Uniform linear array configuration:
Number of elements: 64
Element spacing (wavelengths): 0.75
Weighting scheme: binomial
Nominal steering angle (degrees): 0
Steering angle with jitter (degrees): -0.774
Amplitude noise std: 0.05
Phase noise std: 0.05

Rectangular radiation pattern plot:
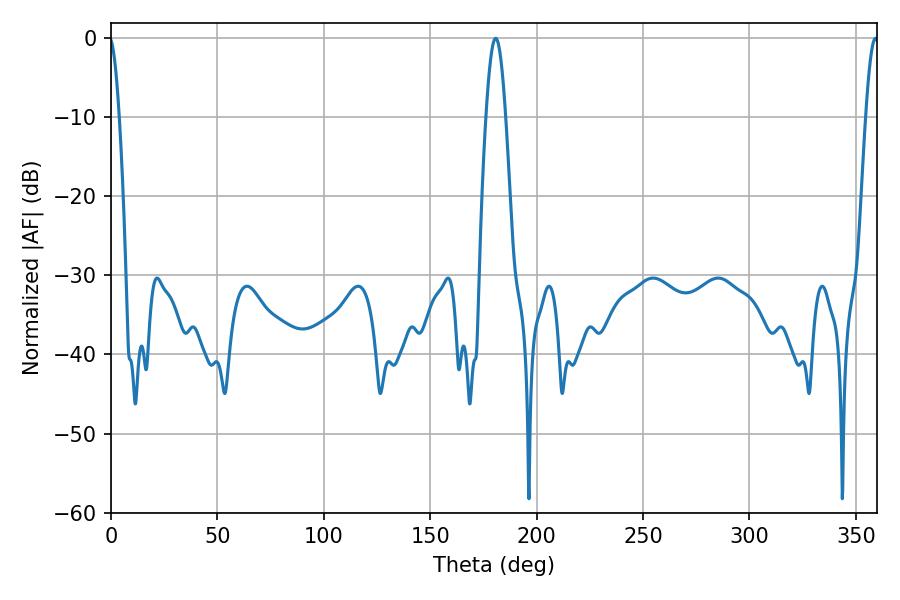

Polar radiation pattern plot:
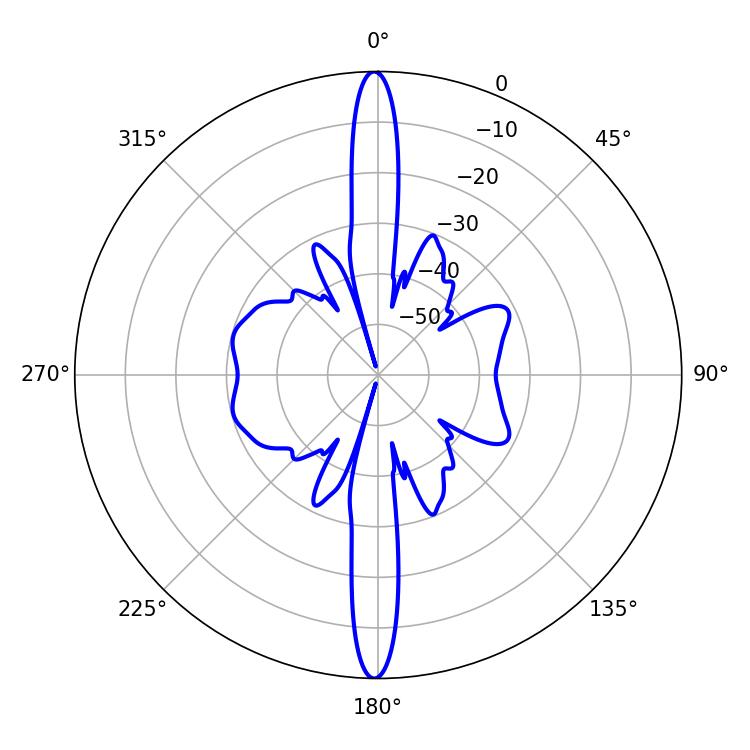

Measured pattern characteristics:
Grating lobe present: TRUE
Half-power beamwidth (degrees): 4.86
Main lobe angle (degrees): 180.72